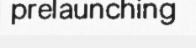
prelaunching